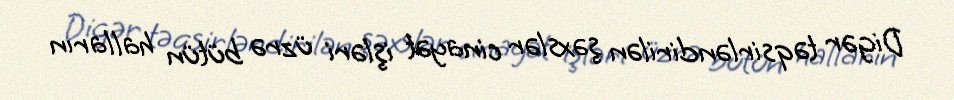
Digər təqsirləndirilən şəxslər cinayət işləri üzrə bütün halların